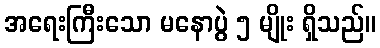
အရေးကြီးသော မနောပွဲ ၅ မျိုး ရှိသည်။